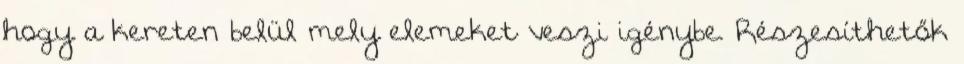
hogy a kereten belül mely elemeket veszi igénybe. Részesíthetők